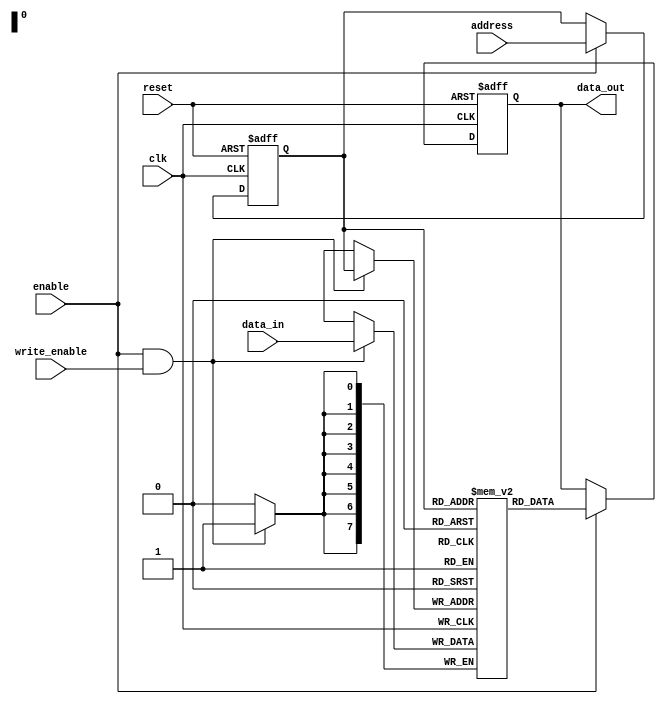
module flash_memory(
    input wire clk,
    input wire reset,
    input wire [7:0] address,
    input wire enable,
    input wire write_enable,
    input wire [7:0] data_in,
    output reg [7:0] data_out
);

reg [7:0] memory_array [0:255]; // Assuming 256 memory locations
reg [7:0] address_selected;
reg [7:0] data_written;

always @(posedge clk or posedge reset) begin
    if (reset) begin
        data_out <= 8'h00;
        address_selected <= 8'h00;
    end else if (enable) begin
        address_selected <= address;
        data_out <= memory_array[address_selected];
    end
end

always @(posedge clk) begin
    if (enable && write_enable) begin
        memory_array[address_selected] <= data_in;
        data_written <= data_in;
    end
end

endmodule